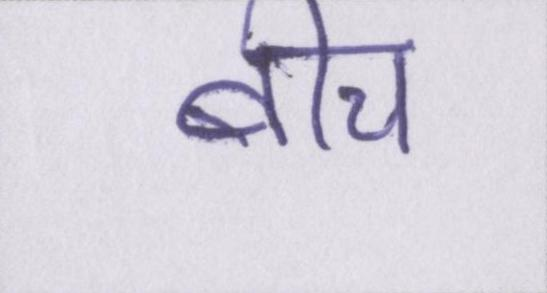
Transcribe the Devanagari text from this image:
बीच